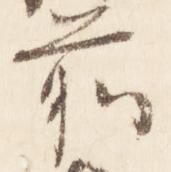
前